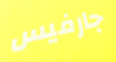
جارفيس